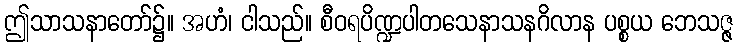
ဤသာသနာတော်၌။ အဟံ၊ ငါသည်။ စီဝရပိဏ္ဍပါတသေနာသနဂိလာန ပစ္စယ ဘေသဇ္ဇ